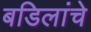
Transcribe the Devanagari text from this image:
बडिलांचे